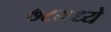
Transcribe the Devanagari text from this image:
७८मध्ये